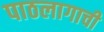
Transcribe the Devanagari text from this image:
पाठलागाची